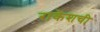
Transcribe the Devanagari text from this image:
राकेशची